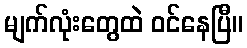
မျက်လုံးတွေထဲ ဝင်နေပြီ။